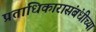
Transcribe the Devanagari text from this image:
प्रताधिकारासंबंधीच्या